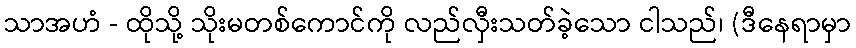
သာအဟံ - ထိုသို့ သိုးမတစ်ကောင်ကို လည်လှီးသတ်ခဲ့သော ငါသည်၊ (ဒီနေရာမှာ